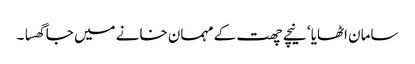
سامان اٹھایا ‘ نیچے چھت کے مہمان خانے میں جا گھسا ۔